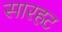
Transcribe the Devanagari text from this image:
सारहट